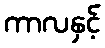
ကာလနှင့်